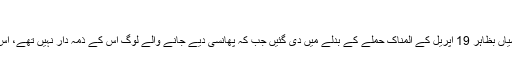
‘‘
انسانی حقوق کے ماہرین کے لیے، ’’یہ حقیقت کہ یہ پھانسیاں بظاہر 19 اپریل کے المناک حملے کے بدلے میں دی گئیں جب کہ پھانسی دیے جانے والے لوگ اس کے ذمہ دار نہیں تھے، اِس سے یہ عندیہ ملتا ہے کہ یہ سزائیں منصفانہ نہیں تھیں‘‘۔